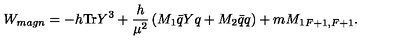
W _ { m a g n } = - h \mathrm { T r } Y ^ { 3 } + \frac { h } { \mu ^ { 2 } } \left( M _ { 1 } \bar { q } Y q + M _ { 2 } \bar { q } q \right) + m { M _ { 1 } } _ { F + 1 , F + 1 } .